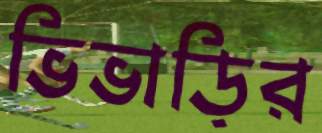
ভিভাড়ির